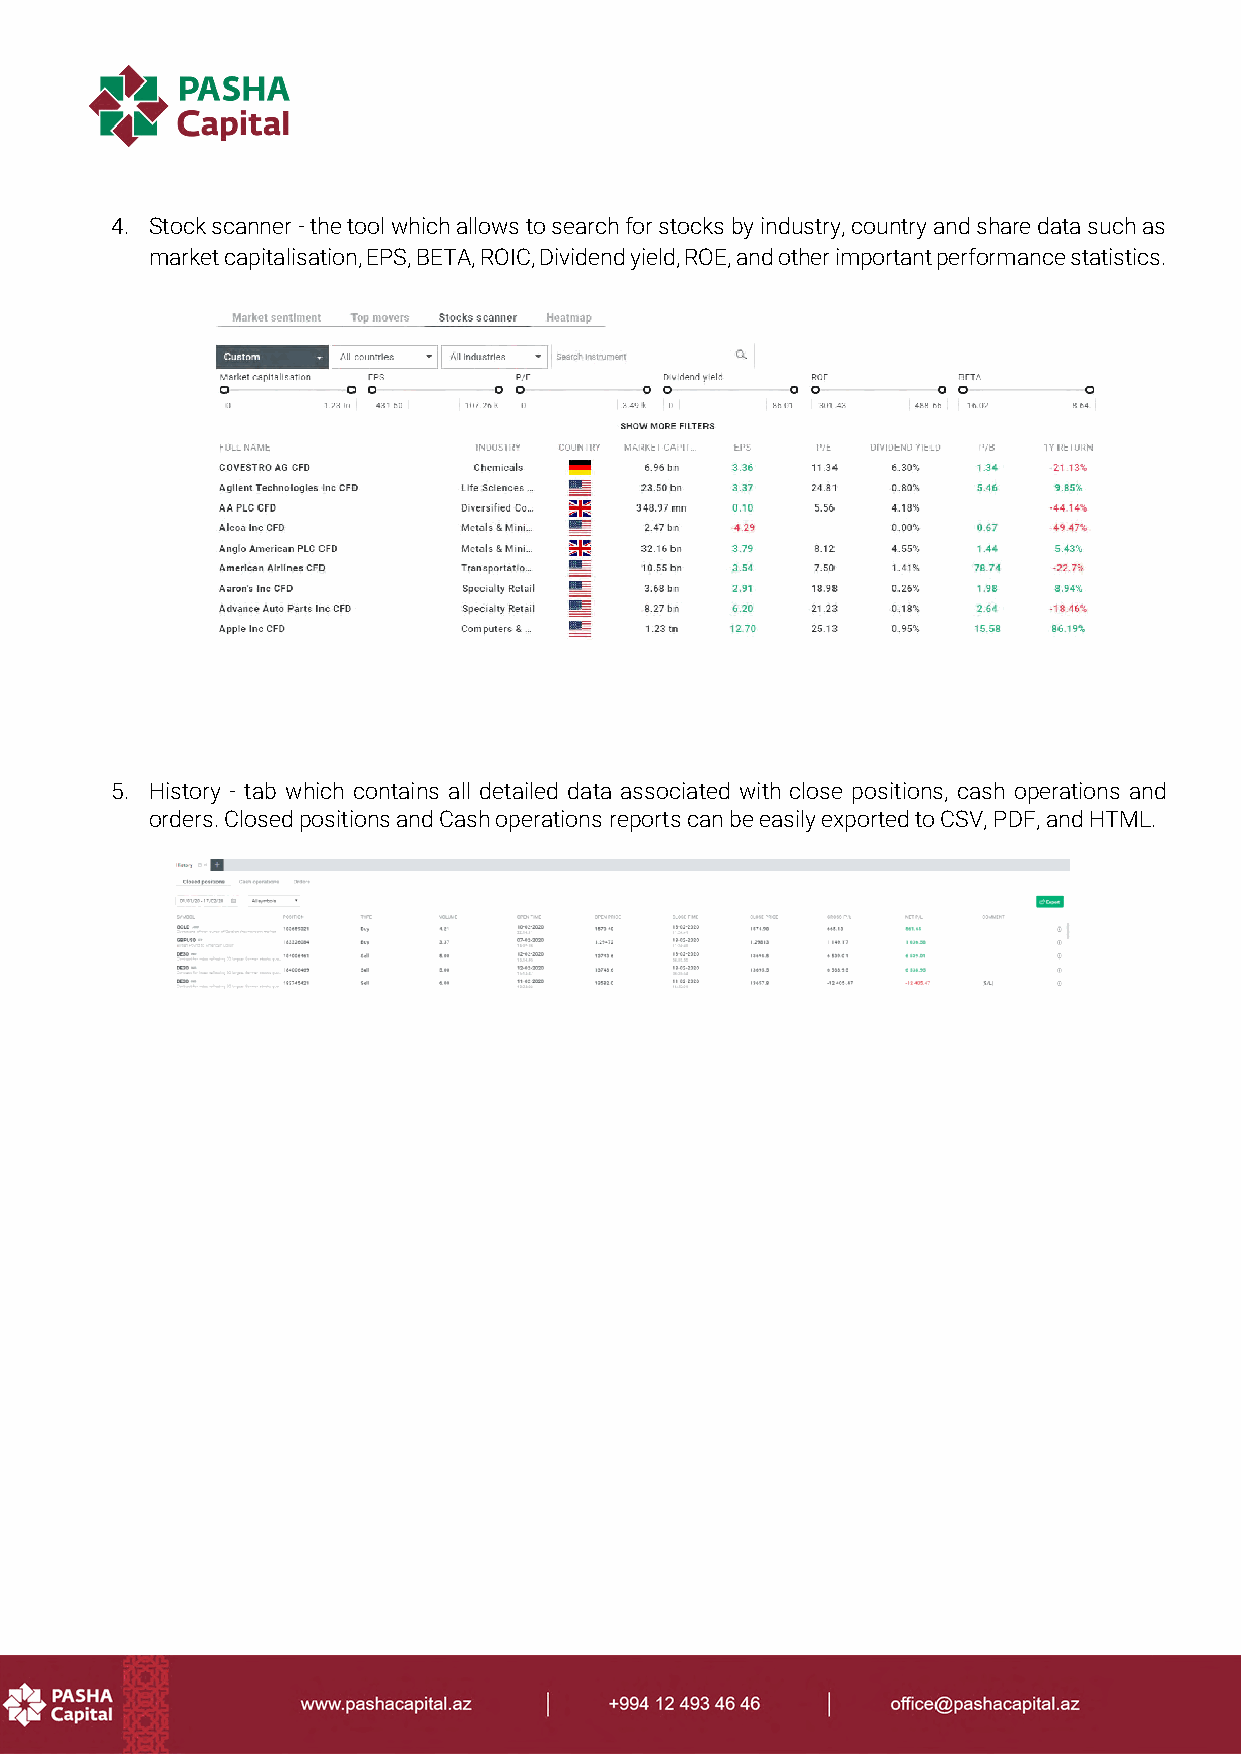
4. Stock scanner - the tool which allows to search for stocks by industry, country and share data such as
 market capitalisation, EPS, BETA, ROIC, Dividend yield, ROE, and other important performance statistics.
 5. History - tab which contains all detailed data associated with close positions, cash operations and
 orders. Closed positions and Cash operations reports can be easily exported to CSV, PDF, and HTML.